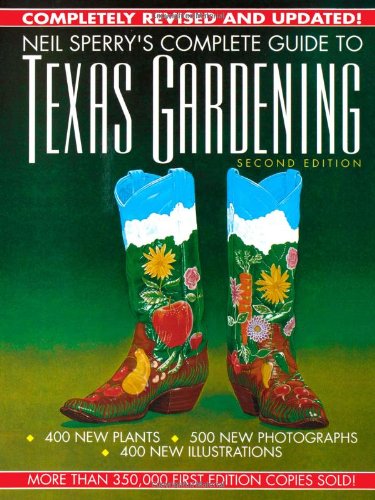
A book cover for Neil Sperry's Complete Guide to Texas Gardening; Neil Sperry; Crafts, Hobbies & Home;